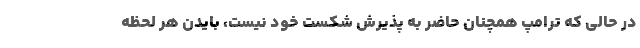
در حالی که ترامپ همچنان حاضر به پذیرش شکست خود نیست، بایدن هر لحظه